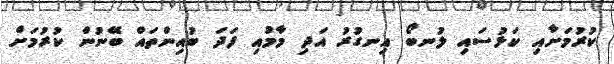
ކުރުމަށާއި ކަޅުސައި ލުނބޯ އިނގުރު އަދި މާމުއި ފަދަ ބުއިންތައް ބޭނުން ކުރުމަށް